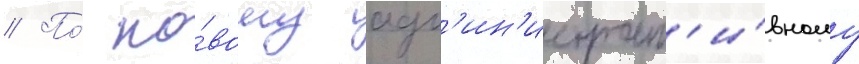
// По́ но́вому адм'ин'истрат'и́вному